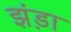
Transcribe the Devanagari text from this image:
झंड़ा